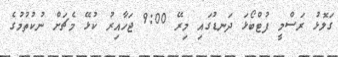
ގަލޮޅު ރަސްމީ ފުޓްބޯޅަ ދަނޑުގައި މިރޭ 9:00 ޖަހާއިރު ކުޅޭ މެޗަށް ނުކުތުމުގެ